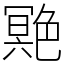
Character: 䒌